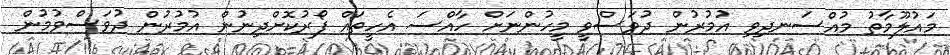
މައުލޫމާތު މުއްސަނދިވި އުމުރުން ދުވަސްވީ މީހުންނަށް ހާއްސަ އެހީތައް ފޯރުކޮށްދިނުން އުމުރުން ދުވަސްވުމުން